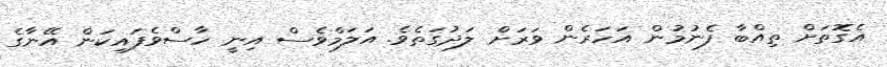
އެގޮތަށް ތިއްބާ ފެނުމުން އަހަރެން ވަރަށް ލަދުގަތެވެ. އަލަމްވެސް އިނީ ހާސްވެފައިކަން އޭނާގެ